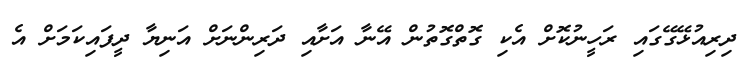
ދިރިއުޅޭގޭގައި ރަހީނުކޮށް އެކި ގޮތްގޮތުންް އޭނާ އަށާއި ދަރިންނަށް އަނިޔާ ދީފައިކަމަށް އެ